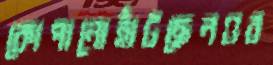
কোপানোহাঁটছেনওব